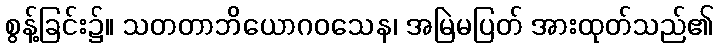
စွန့်ခြင်း၌။ သတတာဘိယောဂဝသေန၊ အမြဲမပြတ် အားထုတ်သည်၏